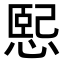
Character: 𢞍